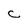
Character: C